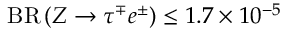
{ \mathrm { B R } } \left( Z \to \tau ^ { \mp } e ^ { \pm } \right) \le 1 . 7 \times 1 0 ^ { - 5 }